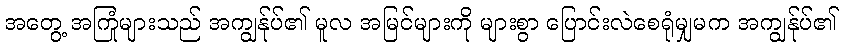
အတွေ့ အကြုံများသည် အကျွန်ုပ်၏ မူလ အမြင်များကို များစွာ ပြောင်းလဲစေရုံမျှမက အကျွန်ုပ်၏